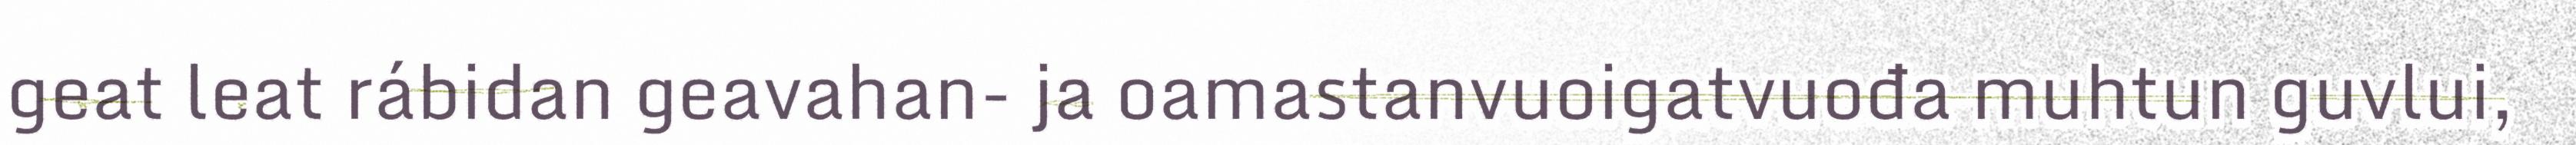
geat leat rábidan geavahan- ja oamastanvuoigatvuođa muhtun guvlui,